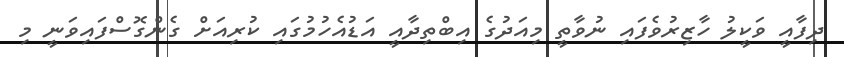
ދިފާއީ ވަކީލު ހާޒިރުވެފައި ނުވާތީ މިއަދުގެ އިބްތިދާއީ އަޑުއެހުމުގައި ކުރިއަށް ގެންގޮސްފައިވަނީ މި